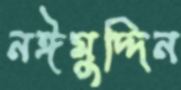
নঈমুদ্দিন